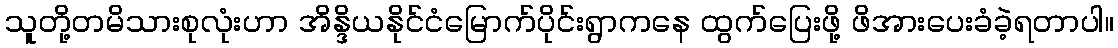
သူတို့တမိသားစုလုံးဟာ အိန္ဒိယနိုင်ငံမြောက်ပိုင်းရွာကနေ ထွက်ပြေးဖို့ ဖိအားပေးခံခဲ့ရတာပါ။